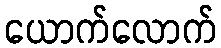
ယောက်လောက်